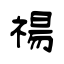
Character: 禓